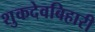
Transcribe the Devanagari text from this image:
शुकदेवबिहारी